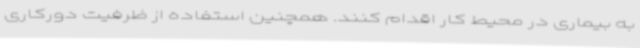
به بیماری در محیط کار اقدام کنند. همچنین استفاده از ظرفیت دورکاری